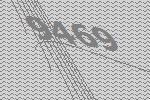
9469